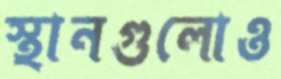
স্থানগুলোও